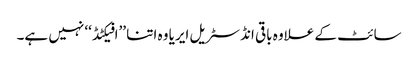
سائٹ کے علاوہ باقی انڈسٹریل ایریا وہ اتنا ’’افیکٹڈ‘‘ نہیں ہے۔